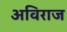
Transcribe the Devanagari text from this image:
अविराज